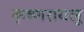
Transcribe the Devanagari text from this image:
कृष्णरायलु